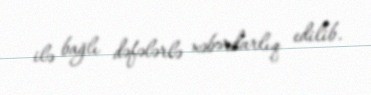
ilə bağlı dəfələrlə xəbərdarlıq edilib.